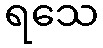
ရသေ